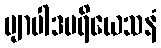
ဗျာပါဒပရိယေသနံ